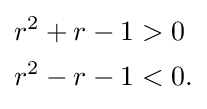
{\begin{aligned}r^{2}+r-1&{}>0\\r^{2}-r-1&{}<0.\end{aligned}}